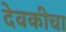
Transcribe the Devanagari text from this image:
देवकीचा